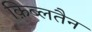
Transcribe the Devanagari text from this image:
क़िब्लतैन